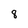
Character: 8